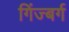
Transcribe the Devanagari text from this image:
गिंज्बर्ग